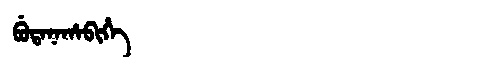
Manchu: ᠪᡠᡨᠠᠨᠠᡥᠠᠪᡳᡥᡝ
Romanization: BUTANAHABIHE